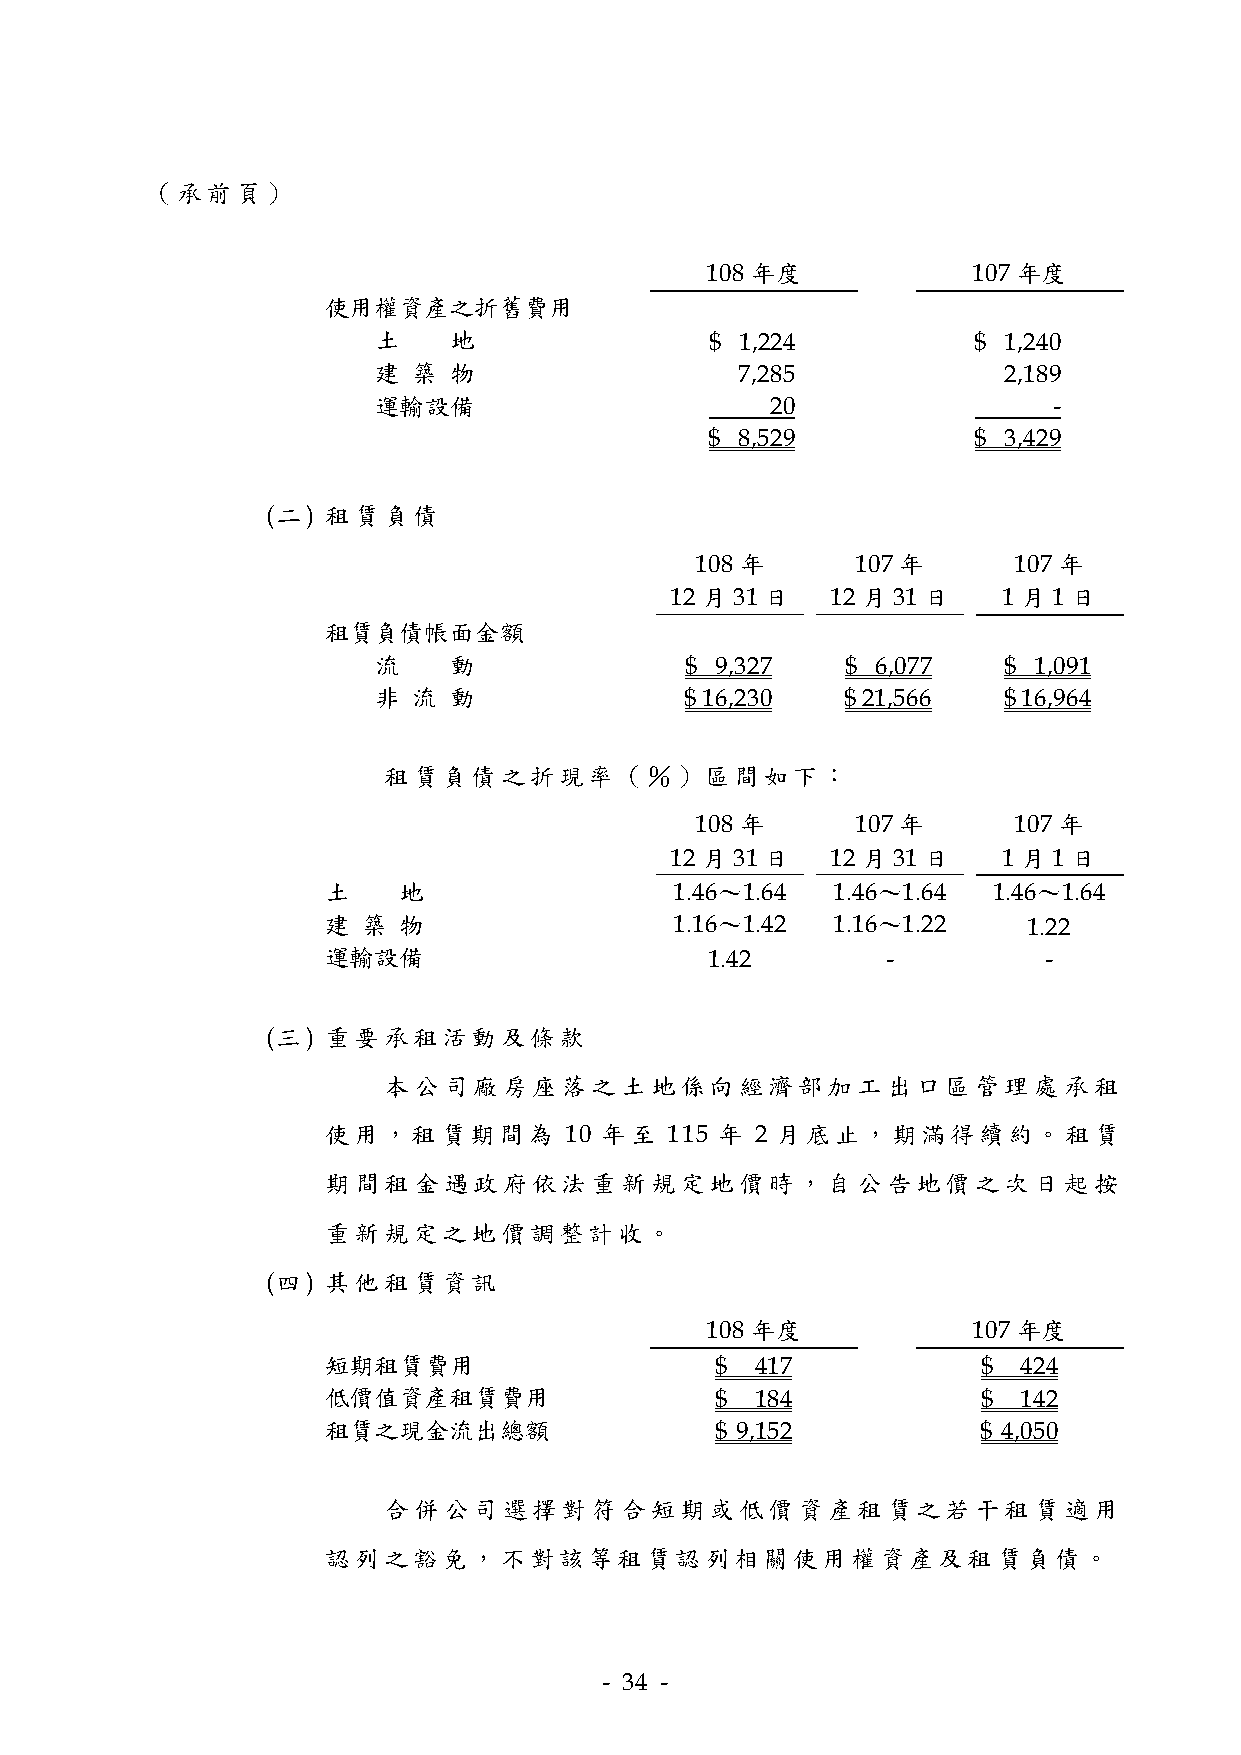
（承前頁）
 108 年度           107 年度
 使用權資產之折舊費用
 土    地                $ 1,224           $ 1,240
 建 築  物                  7,285            2,189
 運輸設備                      20                 -
 $ 8,529           $ 3,429
 (二) 租賃負債
 108 年      107 年     107 年
 12 月31 日   12 月31 日   1 月1 日
 租賃負債帳面金額
 流    動              $ 9,327    $ 6,077   $ 1,091
 非 流  動              $ 16,230   $ 21,566  $ 16,964
 租賃負債之折現率（％）區間如下：
 108 年      107 年     107 年
 12 月31 日   12 月31 日   1 月1 日
 土   地                  1.46～1.64 1.46～1.64  1.46～1.64
 建 築 物                  1.16～1.42 1.16～1.22    1.22
 運輸設備                     1.42        -         -
 (三) 重要承租活動及條款
 本公司廠房座落之土地係向經濟部加工出口區管理處承租
 使用，租賃期間為       10 年至  115 年 2 月底止，期滿得續約。租賃
 期間租金遇政府依法重新規定地價時，自公告地價之次日起按
 重新規定之地價調整計收。
 (四) 其他租賃資訊
 108 年度           107 年度
 短期租賃費用                   $  417            $  424
 低價值資產租賃費用                $  184            $  142
 租賃之現金流出總額                $ 9,152           $ 4,050
 合併公司選擇對符合短期或低價資產租賃之若干租賃適用
 認列之豁免，不對該等租賃認列相關使用權資產及租賃負債。
 - 34 -